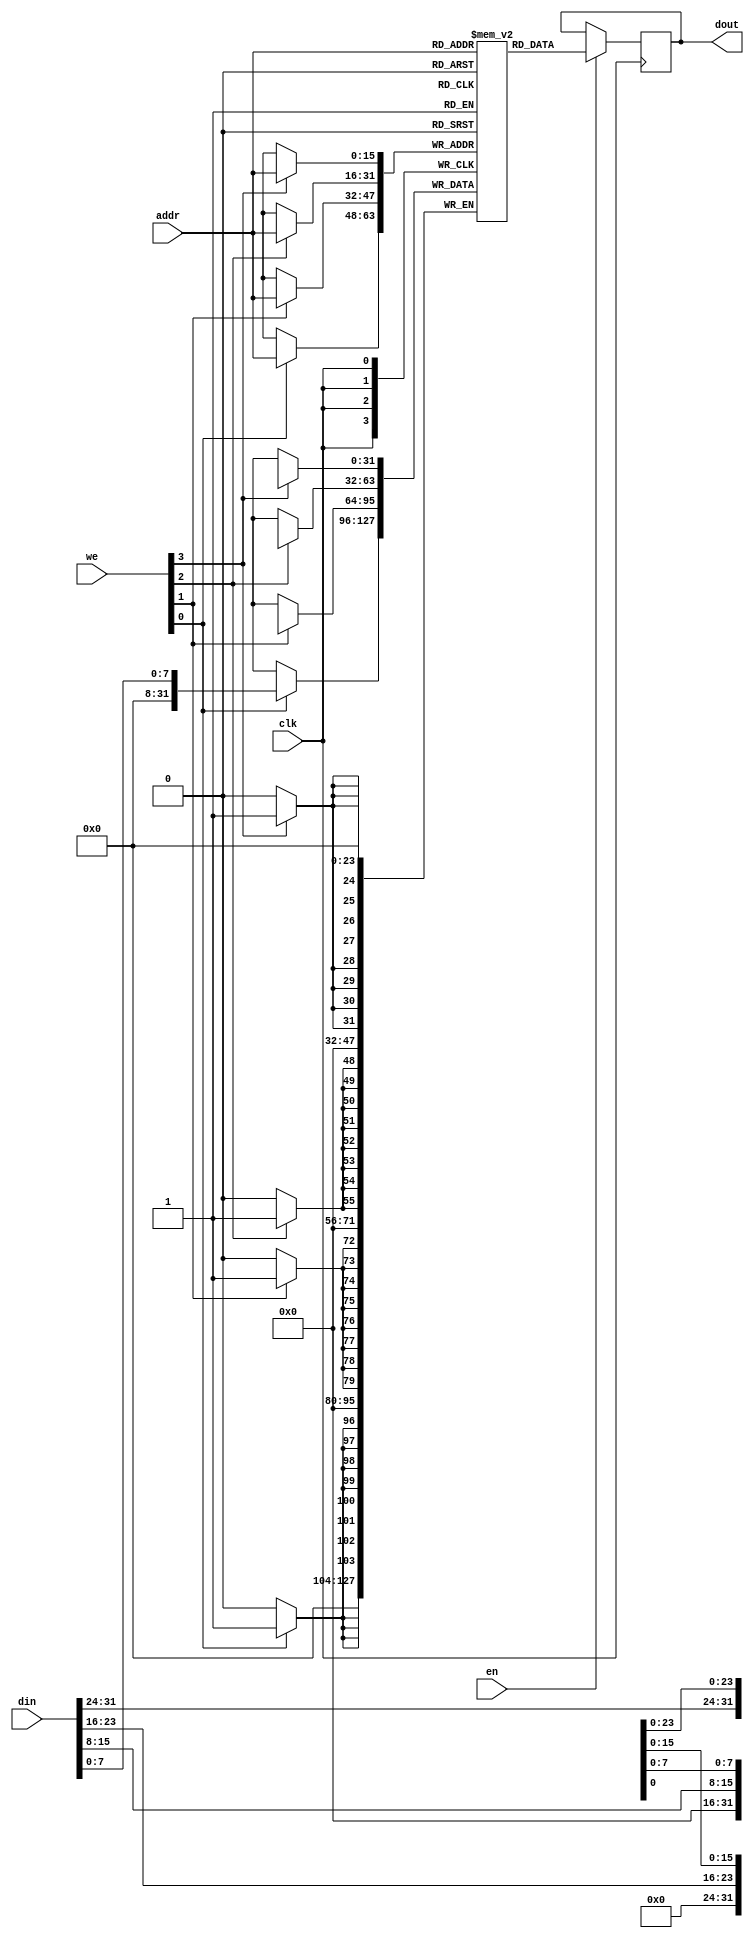
module ram #
    (
        parameter depth = 65536,
        parameter width = 32,
        parameter num_bytes = width/8
    )
    (
        input [$clog2(depth)-1:0] addr,
        input clk,
        input [width - 1:0] din,
        output reg [width - 1:0] dout,
        input en,
        input [width/8 - 1:0] we
    );

    reg [width - 1:0] ram_[depth - 1:0];

    genvar i;
    for (i = 0; i < num_bytes; i = i + 1) begin
        always @(posedge clk) begin
            if (we[i])
                ram_[addr][i*8 +: 8] <= din[i*8 +: 8];
        end
    end
    always @(posedge clk) begin
        if (en)
            dout <= ram_[addr];
    end
endmodule

module inst_ram #
    (
        parameter depth = 2 ** 18,
        parameter width = 32
    )
    (
        input [$clog2(depth)-1:0] addra,
        input clka,
        input [width - 1:0] dina,
        output [width - 1:0] douta,
        input ena,
        input [width/8 - 1:0] wea
    );
    ram #(.depth(depth), .width(width))
        ram(
            .addr(addra),
            .clk(clka),
            .din(dina),
            .dout(douta),
            .en(ena),
            .we(wea)
        );
endmodule

module data_ram #
    (
        parameter depth = 65536,
        parameter width = 32
    )
    (
        input [$clog2(depth)-1:0] addra,
        input clka,
        input [width - 1:0] dina,
        output [width - 1:0] douta,
        input ena,
        input [width/8 - 1:0] wea
    );
    ram #(.depth(depth), .width(width))
        ram(
            .addr(addra),
            .clk(clka),
            .din(dina),
            .dout(douta),
            .en(ena),
            .we(wea)
        );
endmodule